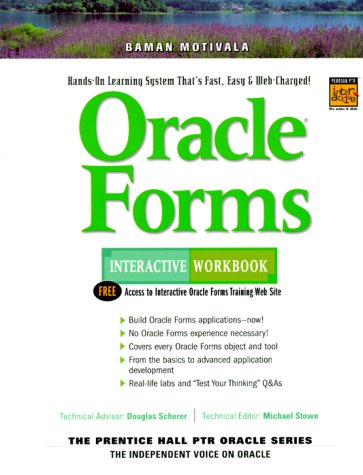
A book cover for Oracle Forms Interactive Workbook; Baman Motivala; Computers & Technology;